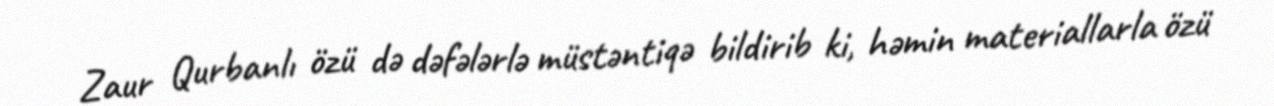
Zaur Qurbanlı özü də dəfələrlə müstəntiqə bildirib ki, həmin materiallarla özü